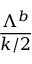
\frac { { \Lambda } ^ { b } } { k / 2 }